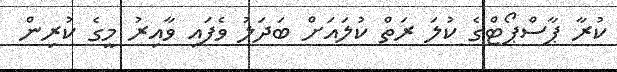
ކުރާ ޕާސްޕޯޓްގެ ކުލަ ރަތް ކުލައަށް ބަދަލު ވެފައި ވާއިރު މީގެ ކުރިން